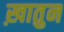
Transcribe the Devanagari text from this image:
ख़ातुन